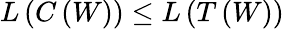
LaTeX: L\left(C\left(W\right)\right)\leq L\left(T\left(W\right)\right)